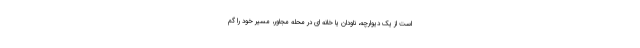
است از یک دیوارچه، ناودان یا خانه ای در محله مجاور، مسیر خود را گم